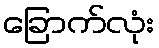
ခြောက်လုံး